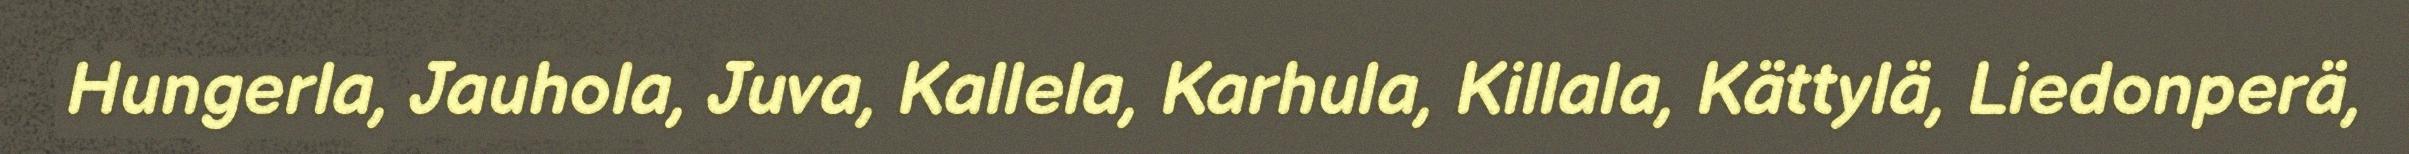
Hungerla, Jauhola, Juva, Kallela, Karhula, Killala, Kättylä, Liedonperä,